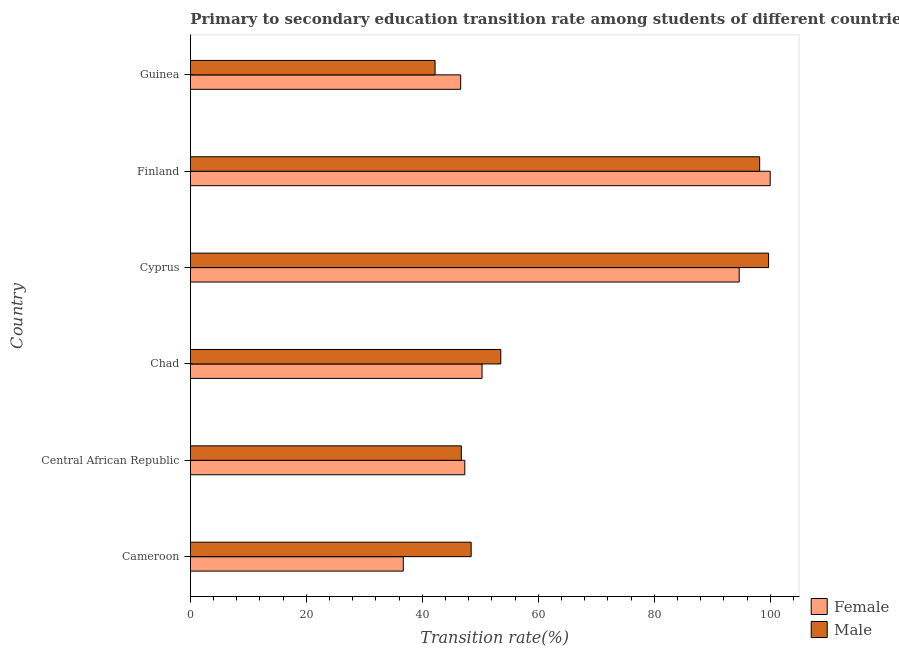
| Country | Female | Male |
 | --- | --- | --- |
 | Cameroon | 36.7 | 48.4 |
 | Central African Republic | 47.3 | 46.7 |
 | Chad | 50.3 | 53.5 |
 | Cyprus | 94.7 | 99.7 |
 | Finland | 100 | 98.2 |
 | Guinea | 46.6 | 42.2 |